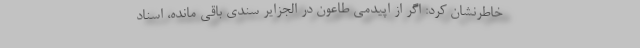
خاطرنشان کرد: اگر از اپیدمی طاعون در الجزایر سندی باقی مانده، اسناد